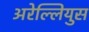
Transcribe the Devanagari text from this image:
अरेल्लियुस